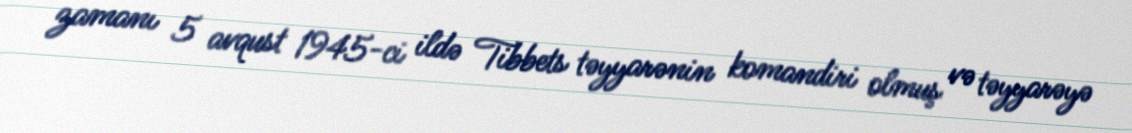
zamanı 5 avqust 1945-ci ildə Tibbets təyyarənin komandiri olmuş və təyyarəyə